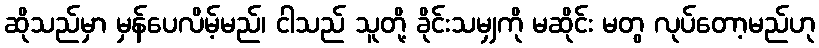
ဆိုသည်မှာ မှန်ပေလိမ့်မည်၊ ငါသည် သူတို့ ခိုင်းသမျှကို မဆိုင်း မတွ လုပ်တော့မည်ဟု